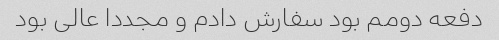
دفعه دومم بود سفارش دادم و مجددا عالی بود